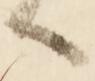
へ